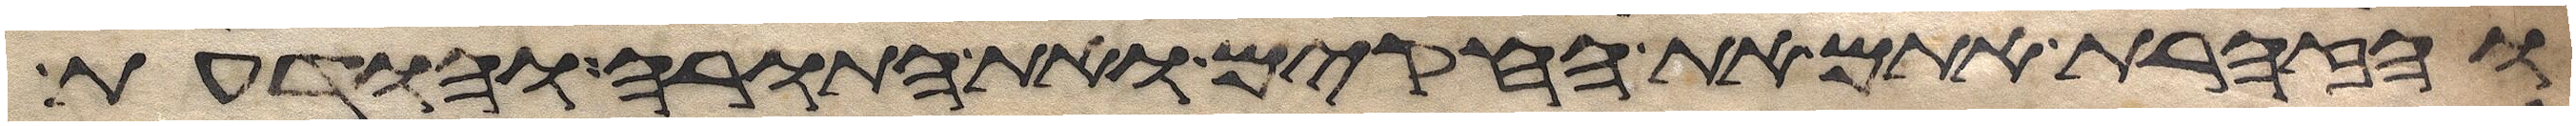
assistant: והזהרת אתם את החקים ואת התורה והודעת